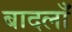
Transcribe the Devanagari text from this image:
बादलाँ